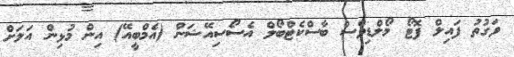
ވަގުތު ފައިލް ފޮޓޯ މޯލްޑިވްސް ބާސްކެޓްބޯލް އެސޯސިއޭޝަން (އެމްބީއޭ) އިން މުޅިން އަލަށް